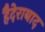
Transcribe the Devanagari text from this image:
हैदेराबाद